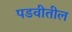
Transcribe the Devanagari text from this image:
पडवीतील